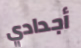
أجدادي